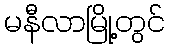
မနီလာမြို့တွင်